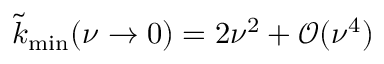
\tilde { k } _ { \mathrm { m i n } } ( \nu \rightarrow 0 ) = 2 \nu ^ { 2 } + \mathcal { O } ( \nu ^ { 4 } )